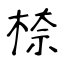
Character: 㮈